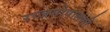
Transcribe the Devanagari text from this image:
राजगोपालशी